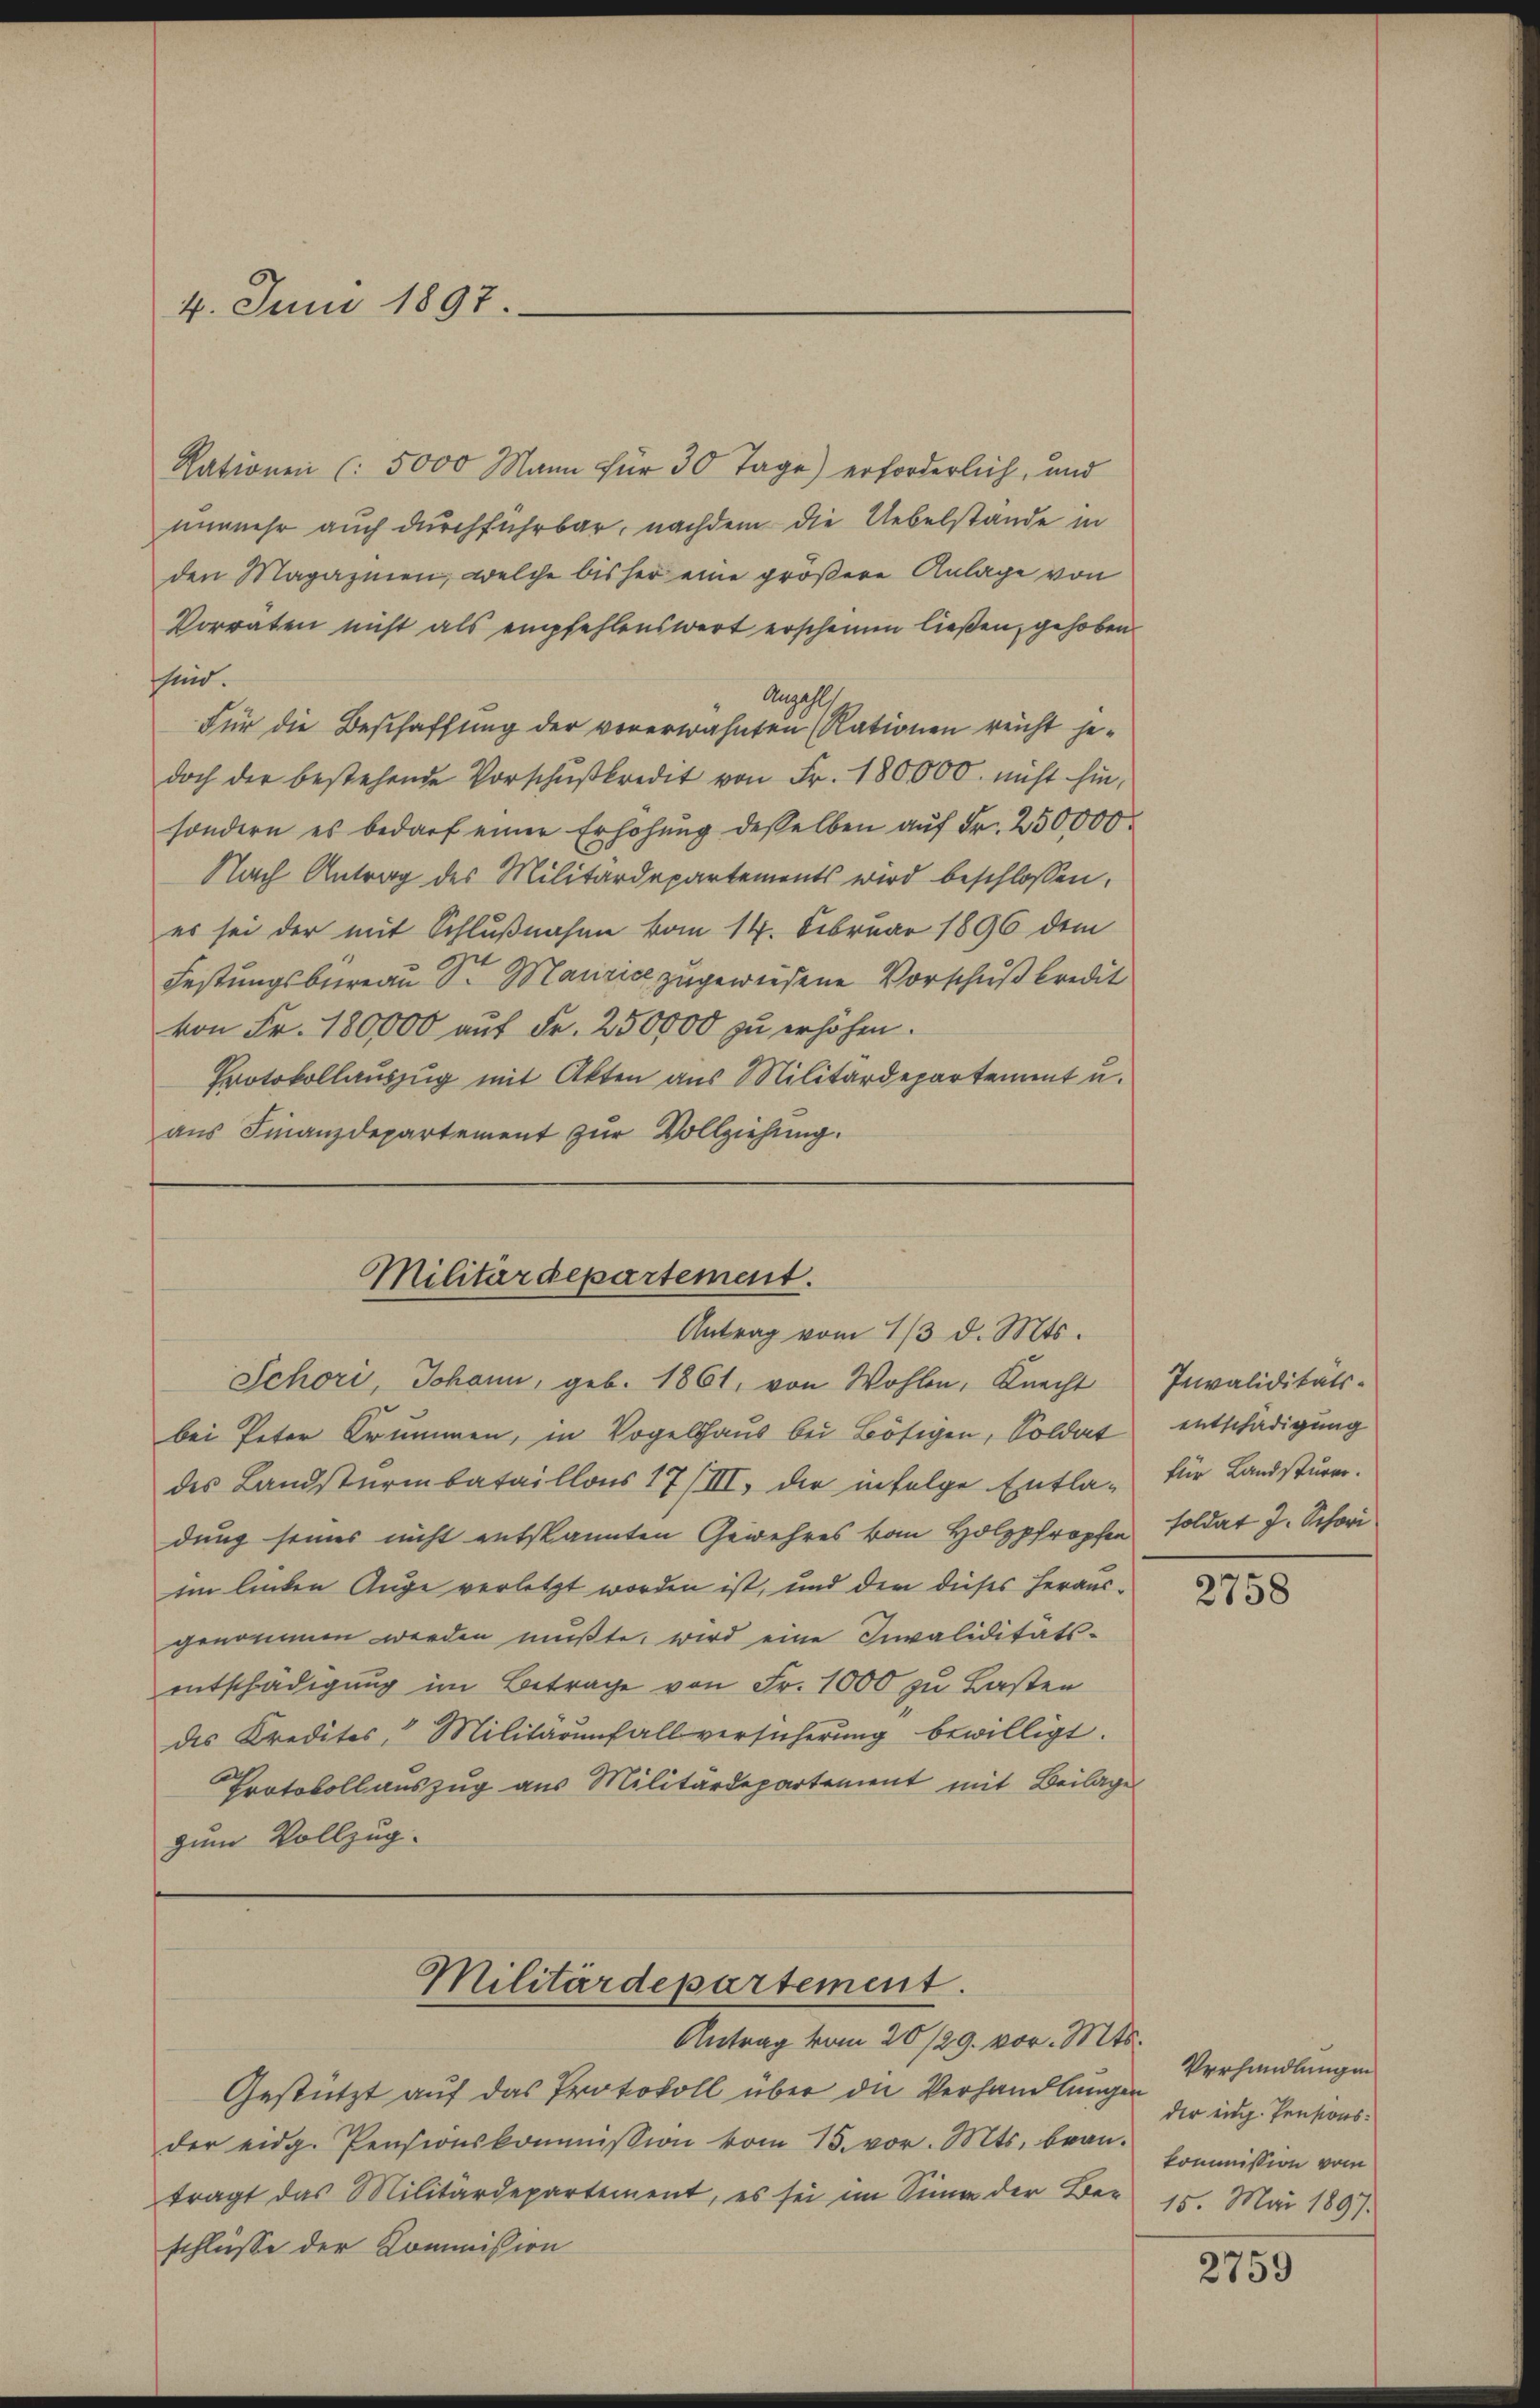
4. Juni 1897

Rationen (: 5000 Mann für 30 Tage) erforderlich, und
nunmehr auch durchführbar, nachdem die Uebelstande in
den Magazinen, welche bisher eine größere Anlage von
Vorraten nicht als empfehlenswert erscheinen ließen, gehoben
sind.
Anzahlt
Für die Beschaffung der vorerwähnten Rationen reicht jedoch der bestehende Vorschŭβkredit von Fr. 180000. nicht hin,
sondern es bedarf einer Erhöhŭng desselben auf Fr. 250000
Nach Antrag des Militärdepartements wird beschlossen:
es sei der mit Schlußnahme vom 14. Februar 1896 dem
Festungsbureau Sr. Maurice zugewiesene Vorschuß kredit
von Fr. 180,000 auf Fr. 250000 zu erhöhen.
Protokollauszug mit Akten aus Militärdepartement u.
aus Finanzdepartement zur Vollziehung.

bei Peter Brummen, in Vogelshaus bei Bösigen, Soldat
des Landsturmbataillons 17 (III, der infolge Entla-
dung seines nicht entskannten Gewehres von Holzpfropfen
im linken Auge verletzt worden ist, und dem dieses heraus-
genommen werden mußte, wird eine Invaliditäts-
entschädigung im Betrage von Fr. 1000 zu Lasten
des Kredites, Militarenfall versicherŭng bewilligt.
Protokollauszug aus Militärdepartement mit Beilage
zum Vollzug.

Militärdepartement.
Antrag vom 13. d. Mts.
Schori, Johann, geb. 1861, von Wohlen, Knecht Invaliditäts-

Militärdepartement.
Antrag vom 20/29. vor. Mts.

Gestützt auf das Protokoll über die Verhandlungen Verhandlungen
der eidg. Pensionskommission vom 15. vor. Mts. bean-
tragt das Militärdepartement, es sei im Sinne der Be-
schlüsse der Kommission

entschädigung
für Landsturer.
soldat J. Schori

2758

der eidg. Pensionskommission vom
15. Mai 1897.

2759